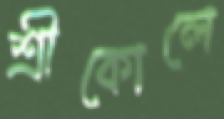
শ্রীকোলে